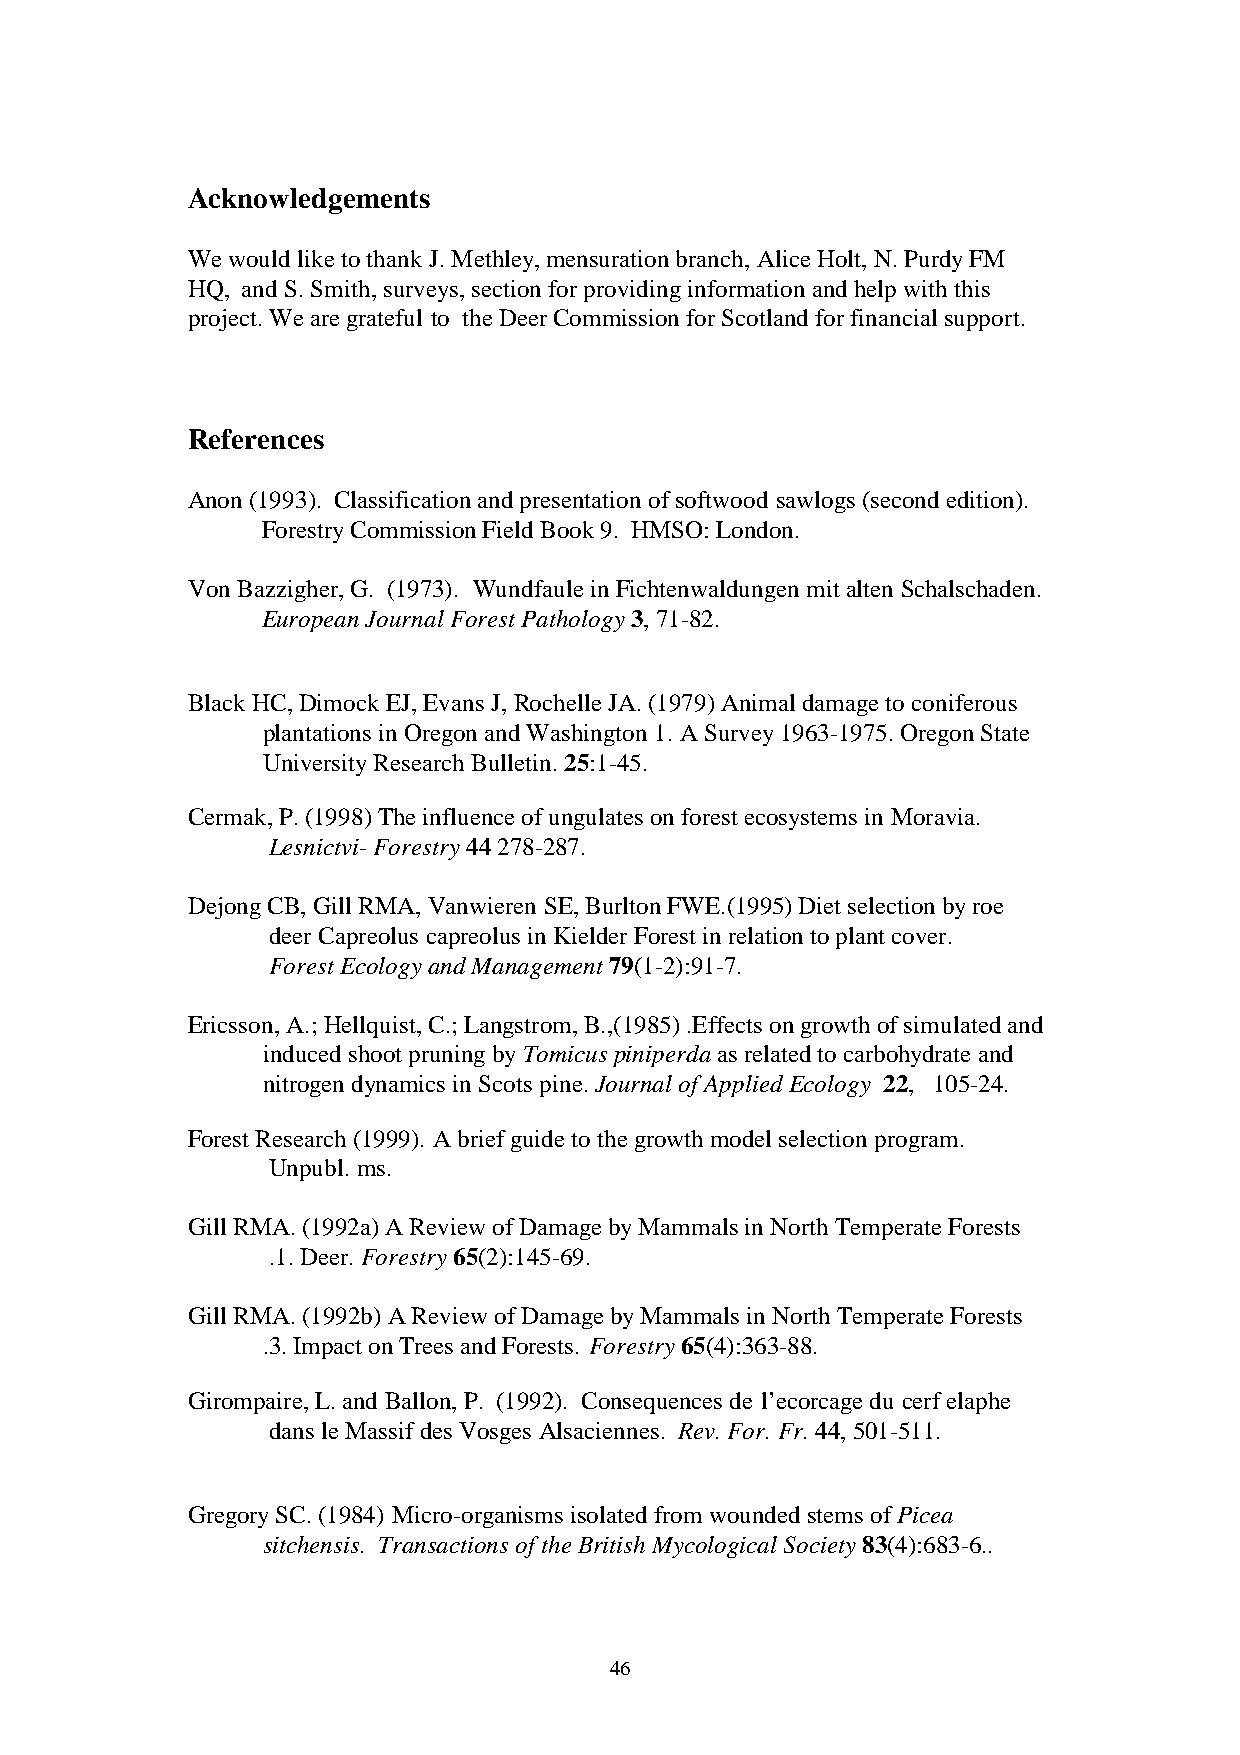
Acknowledgements
 We would like to thank J. Methley, mensuration branch, Alice Holt, N. Purdy FM
 HQ, and S. Smith, surveys, section for providing information and help with this
 project. We are grateful to the Deer Commission for Scotland for financial support.
 References
 Anon (1993). Classification and presentation of softwood sawlogs (second edition).
 Forestry Commission Field Book 9. HMSO: London.
 Von Bazzigher, G. (1973). Wundfaule in Fichtenwaldungen mit alten Schalschaden.
 European Journal Forest Pathology 3, 71-82.
 Black HC, Dimock EJ, Evans J, Rochelle JA. (1979) Animal damage to coniferous
 plantations in Oregon and Washington 1. A Survey 1963-1975. Oregon State
 University Research Bulletin. 25:1-45.
 Cermak, P. (1998) The influence of ungulates on forest ecosystems in Moravia.
 Lesnictvi- Forestry 44 278-287.
 Dejong CB, Gill RMA, Vanwieren SE, Burlton FWE.(1995) Diet selection by roe
 deer Capreolus capreolus in Kielder Forest in relation to plant cover.
 Forest Ecology and Management 79(1-2):91-7.
 Ericsson, A.; Hellquist, C.; Langstrom, B.,(1985) .Effects on growth of simulated and
 induced shoot pruning by Tomicus piniperda as related to carbohydrate and
 nitrogen dynamics in Scots pine. Journal of Applied Ecology 22, 105-24.
 Forest Research (1999). A brief guide to the growth model selection program.
 Unpubl. ms.
 Gill RMA. (1992a) A Review of Damage by Mammals in North Temperate Forests
 .1. Deer. Forestry 65(2):145-69.
 Gill RMA. (1992b) A Review of Damage by Mammals in North Temperate Forests
 .3. Impact on Trees and Forests. Forestry 65(4):363-88.
 Girompaire, L. and Ballon, P. (1992). Consequences de l’ecorcage du cerf elaphe
 dans le Massif des Vosges Alsaciennes. Rev. For. Fr. 44, 501-511.
 Gregory SC. (1984) Micro-organisms isolated from wounded stems of Picea
 sitchensis. Transactions of the British Mycological Society 83(4):683-6..
 46